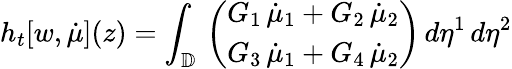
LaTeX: h_{t}[w,\dot{\mu}](z)=\int_{\mathbb{D}}\, \left(\begin{array}{l}{G_{1}\, \dot{\mu}_{1}+G_{2}\, \dot{\mu}_{2}}\\ {G_{3}\, \dot{\mu}_{1}+G_{4}\, \dot{\mu}_{2}}\end{array}\right)\, d\eta^{1}\, d\eta^{2}